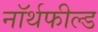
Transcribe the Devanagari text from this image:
नॉर्थफील्ड